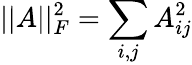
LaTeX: ||A||_{F}^{2}=\sum_{i,j}A_{ij}^{2}